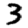
Digit: 3